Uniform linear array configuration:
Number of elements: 16
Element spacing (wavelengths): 0.75
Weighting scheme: exponential
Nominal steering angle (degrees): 60
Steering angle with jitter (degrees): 61.283
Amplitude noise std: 0.05
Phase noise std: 0.05

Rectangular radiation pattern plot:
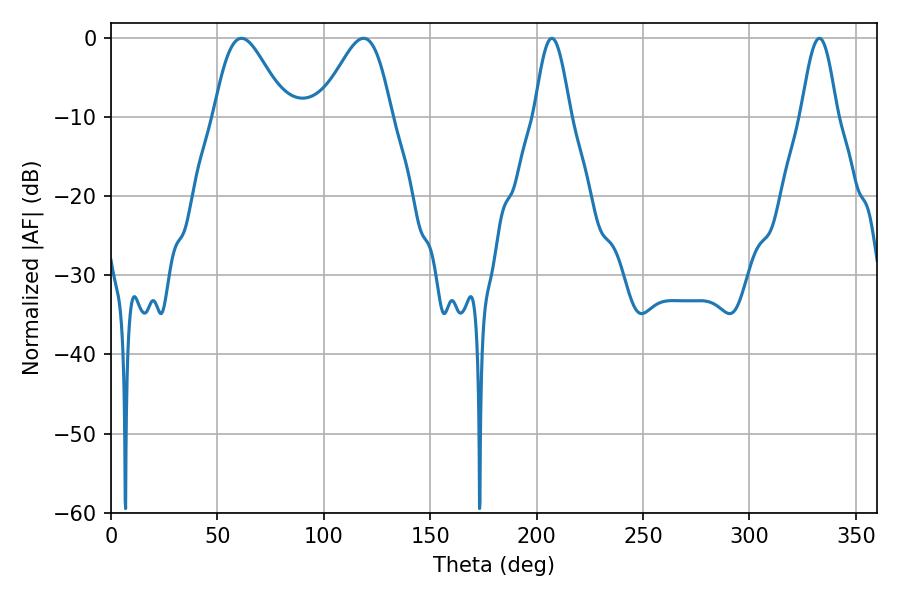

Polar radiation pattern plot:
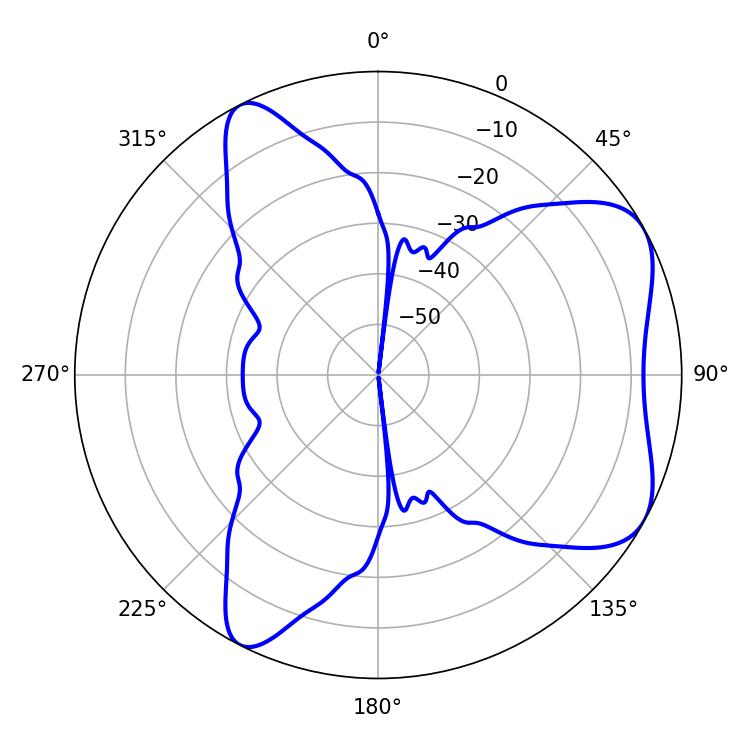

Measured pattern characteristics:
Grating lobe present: TRUE
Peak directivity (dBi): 6.09
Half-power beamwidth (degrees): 17.64
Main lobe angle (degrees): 61.38